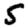
Digit: 5